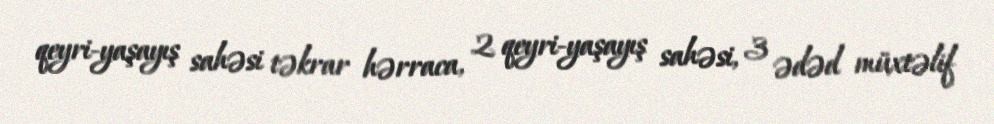
qeyri-yaşayış sahəsi təkrar hərraca, 2 qeyri-yaşayış sahəsi, 3 ədəd müxtəlif